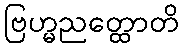
ဗြဟ္မညတ္ထောတိ